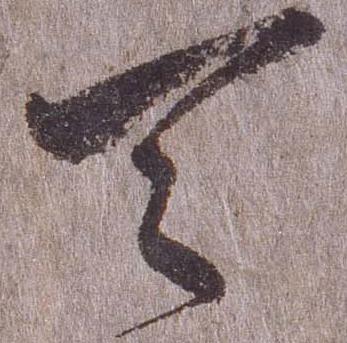
天